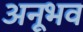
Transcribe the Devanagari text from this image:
अनूभव